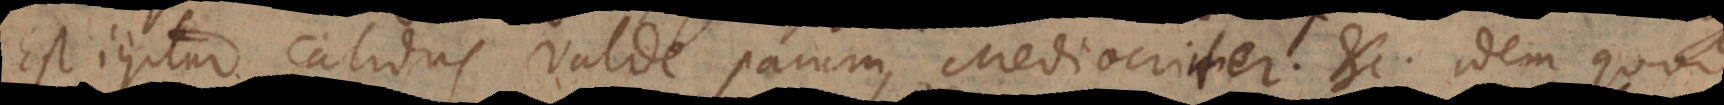
Est igitur calidus valde, parum, Mediocriter, etc. idem quod